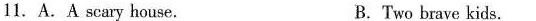
11. A.A scary house. B.Two brave kids.